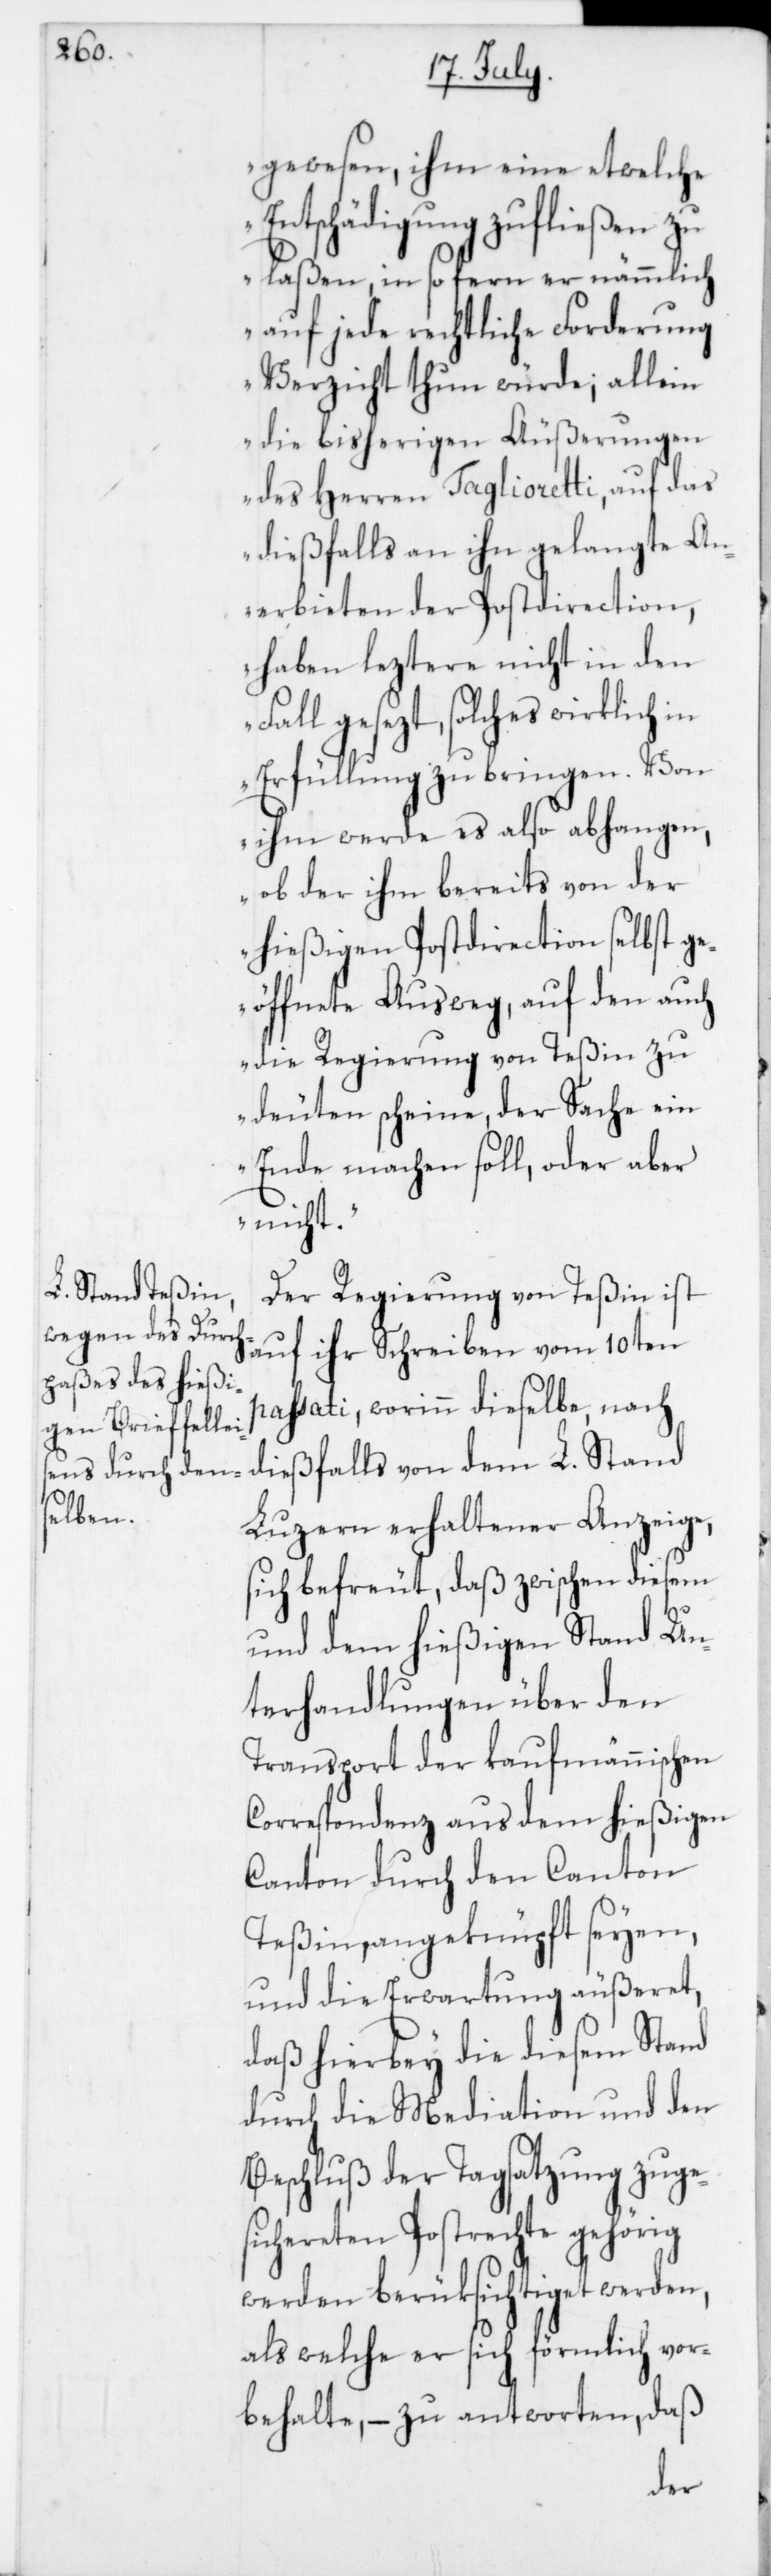
gewesen, ihm eine etwelche
Entschädigung zufließen zu
laßen, in so fern er nämmlich
auf jede rechtliche Forderung
Verzicht thun würde; allein
die bisherigen Äußerungen
des Herren Taglioretti, auf das
dießfalls an ihn gelangte An¬
erbieten der Postdirection,
haben leztere nicht in den
gesezt, solches wirklich
Erfüllung zu bringen. Von
ihm werde es also abhangen,
ob der ihm bereits von der
hießigen Postdirection selbst ge¬
öffnete Ausweg, auf den auch
die Regierung von Teßin zu
deuten scheine, der Sache ein
Ende machen soll, oder aber
nicht.“
Der Regierung von Teßin ist
auf ihr Schreiben vom 10ten
passati, worinn dieselbe, nach
dießfalls von dem L. Stand
Luzern erhaltener Anzeige,
sich befreut, daß zwischen diesem
und dem hießigen Stand Un¬
terhandlungen über den
Transport der kaufmännischen
Correspondenz aus dem hießigen
Canton durch den Canton
Teßin angeknüpft seyen,
und die Erwartung äußeret,
daß hierbey die diesem Stand
durch die Mediation und den
Beschluß der Tagsatzung zuge¬
sichereten Postrechte gehörig
werden berüksichtiget werden,
als welche er sich förmlich vor¬
behalte, – zu antworten, daß